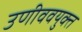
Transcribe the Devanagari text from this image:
उणीववयुक्त